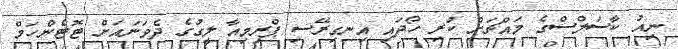
ނިއު ކާސަލްސްގެ މައްޗަށް ކުރި ހޯދައި އިނގިރޭސި ޕްރިމިއާ ލީގުގެ ދެވަނައަށް ޓޮޓެންހަމް